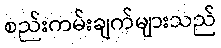
စည်းကမ်းချက်များသည်